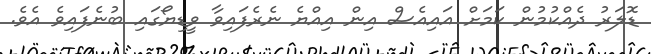
ޑޮލަރު ދެއްކުމުން ކަމަށް އައިއެސް އިން އިއްޔެ ނެރެފައިވާ ވީޑިޔޯގައި ބުނެފައިވެ އެވެ.